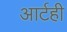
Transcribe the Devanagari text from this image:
आर्टही